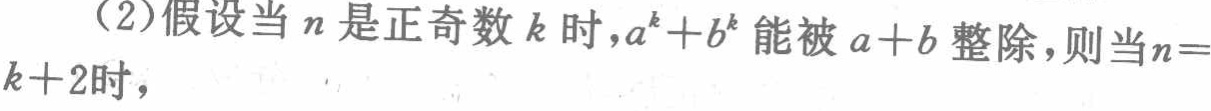
(2)假设当\(n\)是正奇数\(k\)时，\(a^{k}+b^{k}\)能被\(a + b\)整除，则当\(n = k + 2\)时，